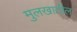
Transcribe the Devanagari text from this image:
मुलखातील